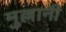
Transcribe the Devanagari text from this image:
मुल्लानी